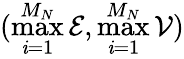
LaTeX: (\operatorname*{max}_{\mathit{i}=1}^{M_{N}}\mathcal{E},\operatorname*{max}_{\mathit{i}=1}^{M_{N}}\mathcal{V})